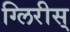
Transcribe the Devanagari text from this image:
ग्लिरीस्